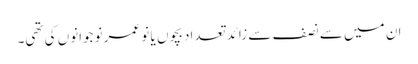
ان میں سے نصف سے زائد تعداد بچوں یا نو عمر نوجوانوں کی تھی۔